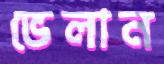
ভেলান